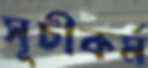
সূচীকর্ম